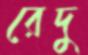
রেদু